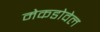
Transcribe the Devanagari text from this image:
मेकडोवेल